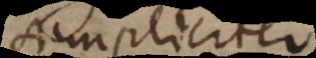
simpliciter